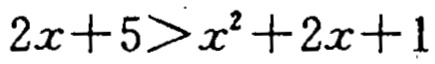
\(2x + 5>x^{2}+2x + 1\)